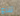
تنزع